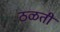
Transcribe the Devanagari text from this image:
ठळती